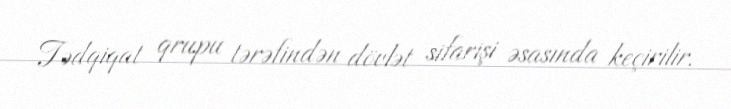
Tədqiqat qrupu tərəfindən dövlət sifarişi əsasında keçirilir.